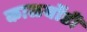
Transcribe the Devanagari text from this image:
काळबोंडी